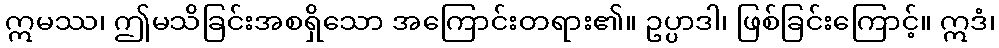
ဣမဿ၊ ဤမသိခြင်းအစရှိသော အကြောင်းတရား၏။ ဥပ္ပာဒါ၊ ဖြစ်ခြင်းကြောင့်။ ဣဒံ၊